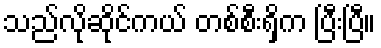
သည်လိုဆိုင်ကယ် တစ်စီးရှိက ပြီးပြီ။